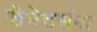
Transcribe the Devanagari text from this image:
सेनेटर्सना